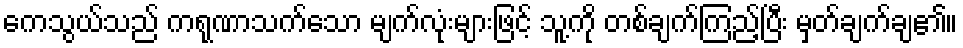
ကေသွယ်သည် ကရုဏာသက်သော မျက်လုံးများဖြင့် သူ့ကို တစ်ချက်ကြည့်ပြီး မှတ်ချက်ချ၏။